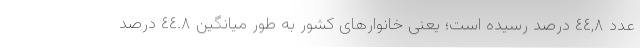
عدد ٤٤,٨ درصد رسیده است؛ یعنی خانوارهای کشور به طور میانگین ٤٤.٨ درصد